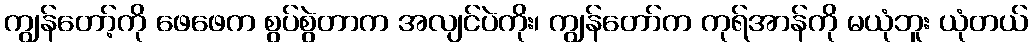
ကျွန်တော့်ကို ဖေဖေက စွပ်စွဲတာက အလျင်ပဲကိုး၊ ကျွန်တော်က ကုရ်အာန်ကို မယုံဘူး ယုံတယ်